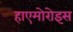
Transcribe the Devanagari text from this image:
हाएमोरोइस